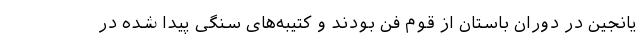
یانجین در دوران باستان از قوم فن بودند و کتیبه‌های سنگی پیدا شده در